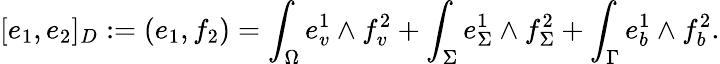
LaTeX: [e_{1},e_{2}]_{D}:=(e_{1},f_{2})=\int_{\Omega}e_{v}^{1}\wedge f_{v}^{2}+\int_{\Sigma}e_{\Sigma}^{1}\wedge f_{\Sigma}^{2}+\int_{\Gamma}e_{b}^{1}\wedge f_{b}^{2}.